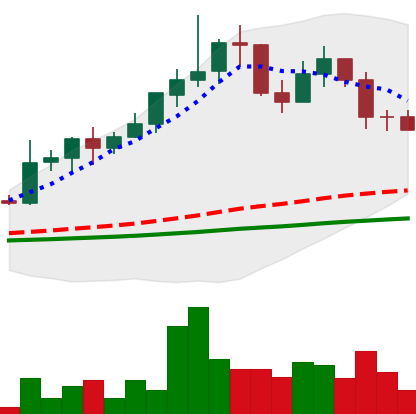
Ticker: LINK-USD
Chart end date: 2019-06-01
Forward return: 16.008%
Label: up_7plus